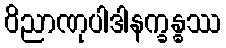
ဝိညာဏုပါဒါနက္ခန္ဓဿ